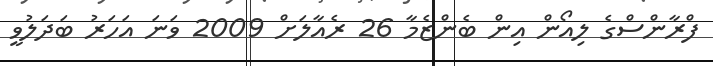
ފްރާންސްގެ ލިއޯން އިން ބެންޒެމާ 26 ރެއާލަށް 2009 ވަނަ އަހަރު ބަދަލުވީ